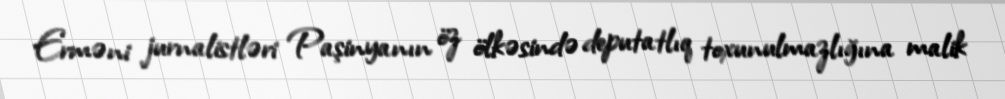
Erməni jurnalistləri Paşinyanın öz ölkəsində deputatlıq toxunulmazlığına malik